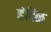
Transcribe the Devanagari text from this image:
हंदिळ